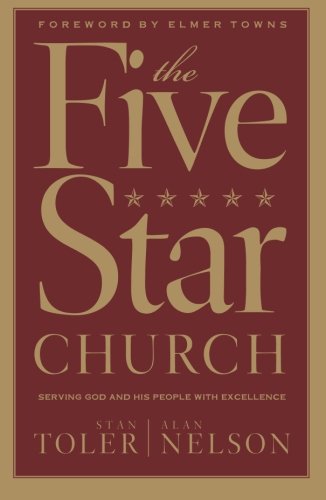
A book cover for The Five Star Church; Stan Toler; Christian Books & Bibles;